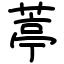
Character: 葶